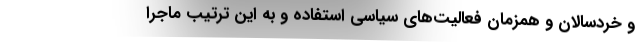
و خردسالان و همزمان فعالیت‌های سیاسی استفاده و به این ترتیب ماجرا